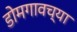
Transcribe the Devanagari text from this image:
डोमगावच्या